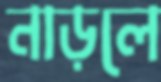
নাড়লে